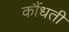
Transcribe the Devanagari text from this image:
कौंधती